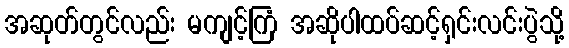
အဆုတ်တွင်လည်း မကျင့်ကြံ အဆိုပါထပ်ဆင့်ရှင်းလင်းပွဲသို့